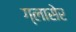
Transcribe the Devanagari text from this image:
ग्लासेर